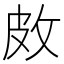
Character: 𪾇